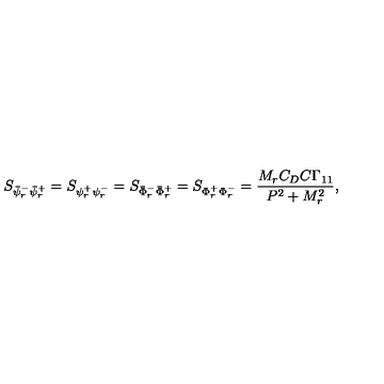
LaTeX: S _ { \bar { \psi } _ { r } ^ { - } \bar { \psi } _ { r } ^ { + } } = S _ { \psi _ { r } ^ { + } \psi _ { r } ^ { - } } = S _ { \bar { \Phi } _ { r } ^ { - } \bar { \Phi } _ { r } ^ { + } } = S _ { \Phi _ { r } ^ { + } \Phi _ { r } ^ { - } } = \frac { M _ { r } C _ { D } C \Gamma _ { 1 1 } } { P ^ { 2 } + M _ { r } ^ { 2 } } ,